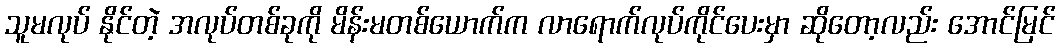
သူမလုပ် နိုင်တဲ့ အလုပ်တစ်ခုကို မိန်းမတစ်ယောက်က လာရောက်လုပ်ကိုင်ပေးမှာ ဆိုတော့လည်း အောင်မြင်